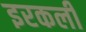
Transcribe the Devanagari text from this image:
इरकली